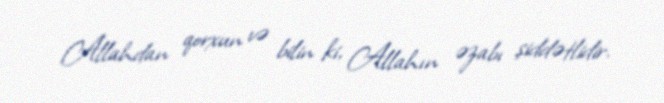
Allahdan qorxun və bilin ki, Allahın əzabı şiddətlidir.